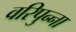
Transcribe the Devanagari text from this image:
वरिपुन्‍ना